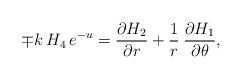
LaTeX: \begin{align*}{\mp k\:H_{4}}\,{e\sp{-u}}=\frac{\partial H_{2}}{\partial r}+\frac{1}{r}\:\frac{\partial H_{1}}{\partial\theta},\end{align*}